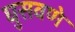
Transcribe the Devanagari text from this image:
घुसवणे